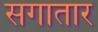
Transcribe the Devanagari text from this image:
सगातार